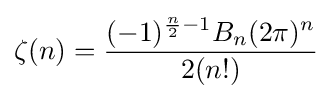
\zeta (n)={\frac {(-1)^{{\frac {n}{2}}-1}B_{n}(2\pi )^{n}}{2(n!)}}